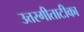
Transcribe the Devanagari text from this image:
उत्तरगीताटीका